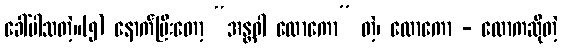
ခေါ်ပါသတဲ့။(၅) နောက်ပြီးတော့ “အန္တဝါ လောကော” တဲ့၊ လောကော - လောကဆိုတဲ့